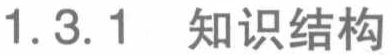
1.3.1 知识结构